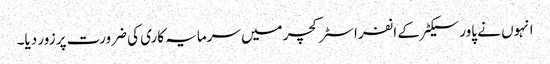
انہوں نے پاور سیکٹر کے انفراسٹرکچر میں سرمایہ کاری کی ضرورت پر زور دیا۔